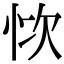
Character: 𢙊